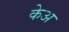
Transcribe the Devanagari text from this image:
केअ